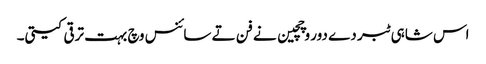
اس شاہی ٹبر دے دور وچچین نے فن تے سائنس وچ بہت ترقی کیتی۔